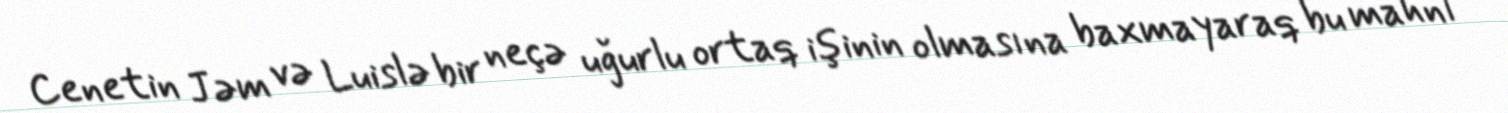
Cenetin Jəm və Luislə bir neçə uğurlu ortaq işinin olmasına baxmayaraq bu mahnı